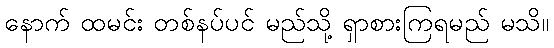
နောက် ထမင်း တစ်နပ်ပင် မည်သို့ ရှာစားကြရမည် မသိ။